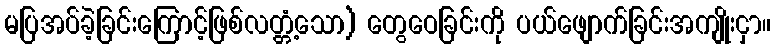
မပြအပ်ခဲ့ခြင်းကြောင့်ဖြစ်လတ္တံ့သော) တွေဝေခြင်းကို ပယ်ဖျောက်ခြင်းအကျိုးငှာ။